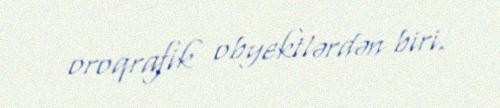
oroqrafik obyektlərdən biri.